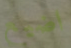
اضيع